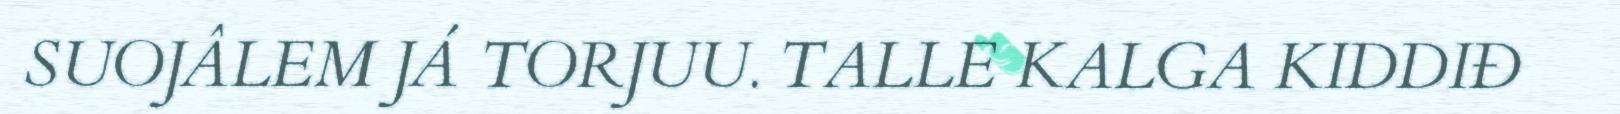
SUOJÂLEM JÁ TORJUU. TALLE KALGA KIDDIĐ